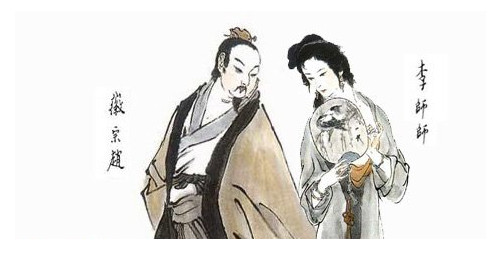
夫两贵之不能相事，两贱之不能相使，是天数也。